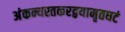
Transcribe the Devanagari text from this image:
अंकन्यस्तकरद्वयामृतघटं